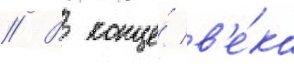
// В конце́ в'е́ка